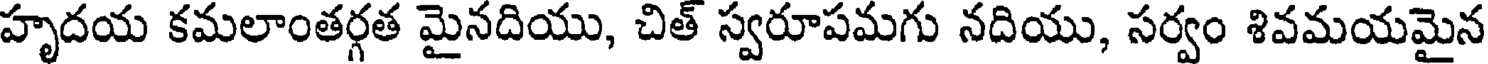
హృదయ కమలాంతర్గత మైనదియు, చిత్ స్వరూపమగు నదియు, సర్వం శివమయమైన